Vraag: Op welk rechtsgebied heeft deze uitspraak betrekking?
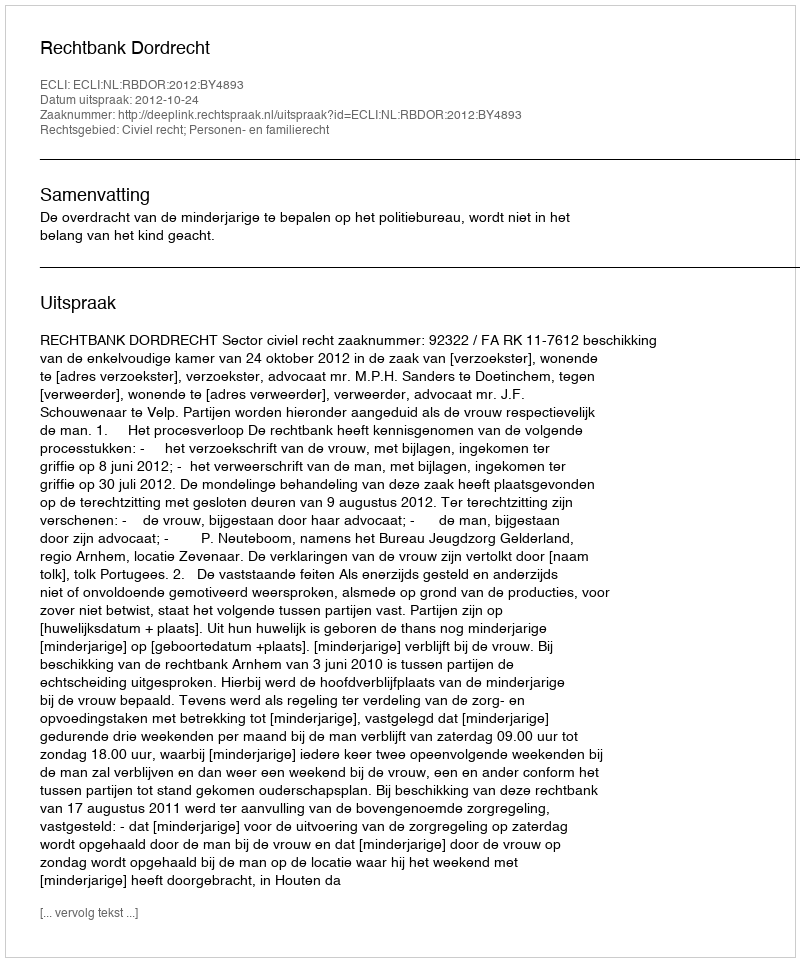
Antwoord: Civiel recht; Personen- en familierecht